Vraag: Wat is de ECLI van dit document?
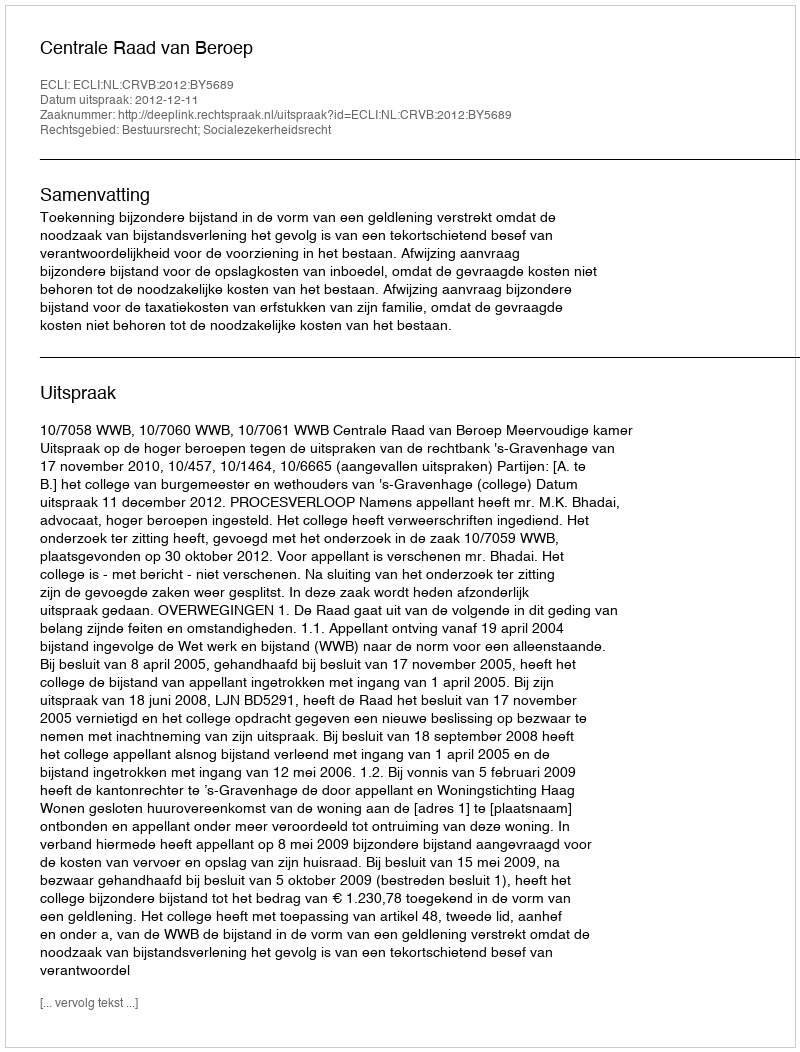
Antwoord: ECLI:NL:CRVB:2012:BY5689